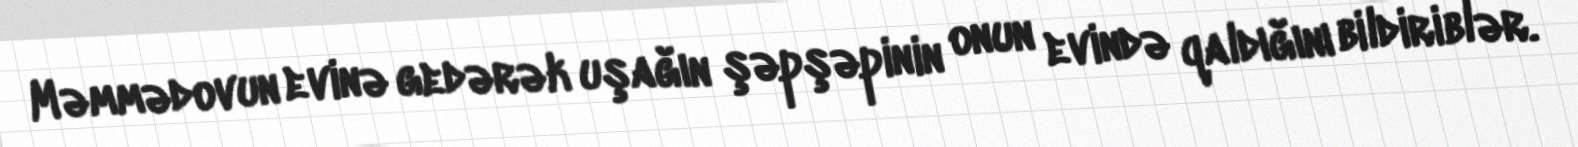
Məmmədovun evinə gedərək uşağın şəpşəpinin onun evində qaldığını bildiriblər.